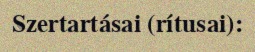
Szertartásai (rítusai):